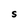
Character: S